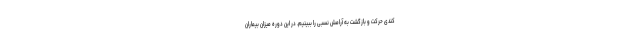
کندی حرکت و بازگشت به آرامش نسبی را ببینیم. در این دوره میزان بیماران